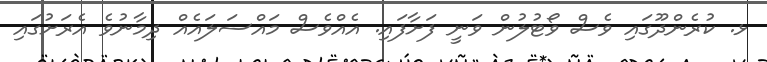
ޅ. ކުރެންދޫގައި ވެސް ވޯޓުލުން ވަނީ ފަށާފައި. އެއްވެސް މައްސަލައެއް ދިމާނުވެ އެރަށުގައި